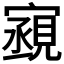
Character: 𫴏